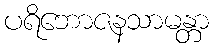
ပရိဘောဇနသာမန္တာ